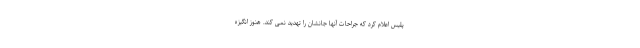
پلیس اعلام کرد که جراحات آنها جانشان را تهدید نمی کند. هنوز انگیزه